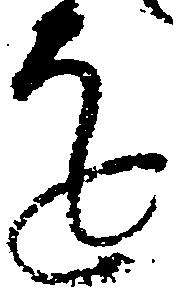
を